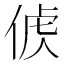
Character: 𠊤